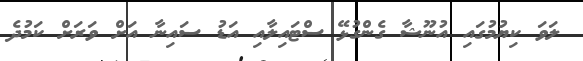
ލަވަ ކިޔުމުގައި އުނޫޝާ ގެންގުޅޭ ސްޓައިލާއި އަޑު ސައިނާ އަށް ވަރަށް ކަމުދެ